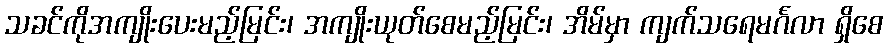
သခင်ကိုအကျိုးပေးမည့်မြင်း၊ အကျိုးယုတ်စေမည့်မြင်း၊ အိမ်မှာ ကျက်သရေမင်္ဂလာ ရှိစေ